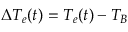
\Delta T _ { e } ( t ) = T _ { e } ( t ) - T _ { B }